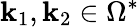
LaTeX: \mathbf{k}_{1},\mathbf{k}_{2}\in\Omega^{*}